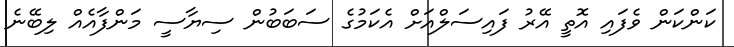
ކަންކަން ވެފައި އޮތީ އޭރު ފައިސަލްއަށް އެކަމުގެ ސަބަބުން ސިޔާސީ މަންފާއެއް ލިބޭނެ